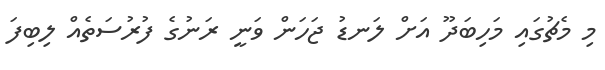
މި މެޗުގައި މަހިބަދޫ އަށް ލަނޑު ޖަހަން ވަނީ ރަނުގެ ފުރުސަތެއް ލިބިފަ